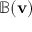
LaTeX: \mathbb { B } ( \mathbf { v } )